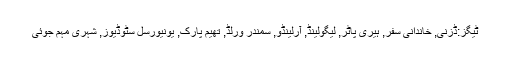
ٹیگز:ڈزنی, خاندانی سفر, ہیری پاٹر, لیگولینڈ, آرلینڈو, سمندر ورلڈ, تھیم پارک, یونیورسل سٹوڈیوز, شہری مہم جوئی